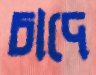
চাদে